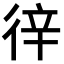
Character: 𢓫